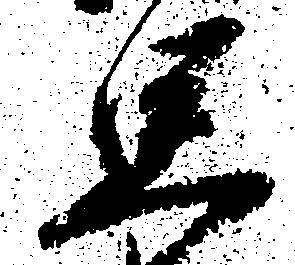
思